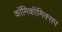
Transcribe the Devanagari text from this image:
काॅमिकॉमिक्सप